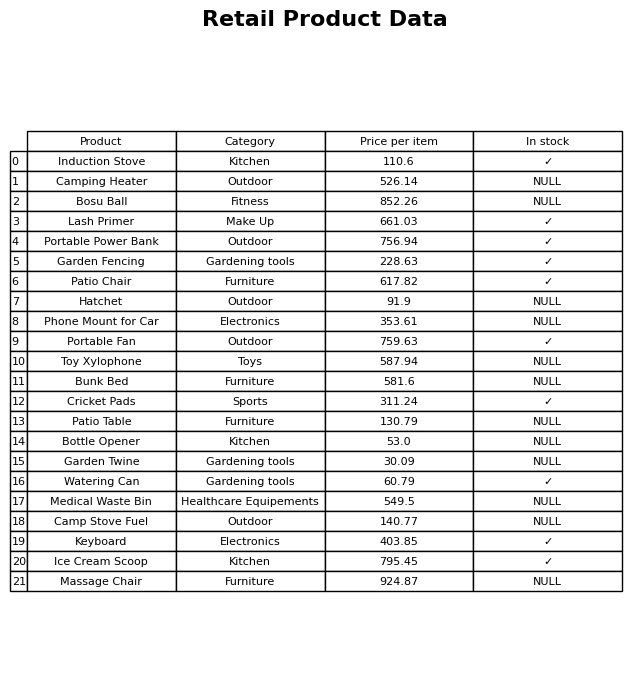
question: What is the price of the Camping Heater?
answer: The price of Camping Heater is 526.14.